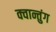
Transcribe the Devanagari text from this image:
क्वान्तुंग